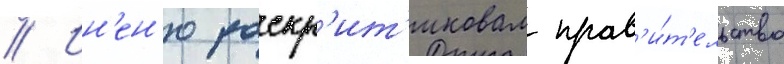
// Ин'ен'ю раскр'ит'иковал прав'и́т'ельство